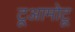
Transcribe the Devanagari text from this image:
टूआमोटू